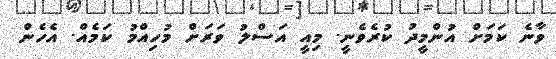
ވާނެ ކަމަށް އުންމީދު ކުރެވެނީ. މިއީ އަސްލު ވަރަށް މުހިއްމު ކަމެއް. އެހެން